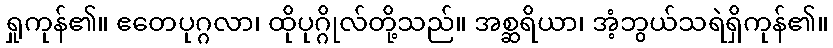
ရှုကုန်၏။ ဧတေပုဂ္ဂလာ၊ ထိုပုဂ္ဂိုလ်တို့သည်။ အစ္ဆရိယာ၊ အံ့ဘွယ်သရဲရှိကုန်၏။